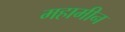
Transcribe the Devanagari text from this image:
महामीन